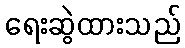
ရေးဆွဲထားသည်